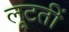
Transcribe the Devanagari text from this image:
लूटतीं